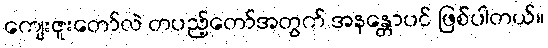
ကျေးဇူးတော်လဲ တပည့်တော်အတွက် အနန္တောပင် ဖြစ်ပါတယ်။